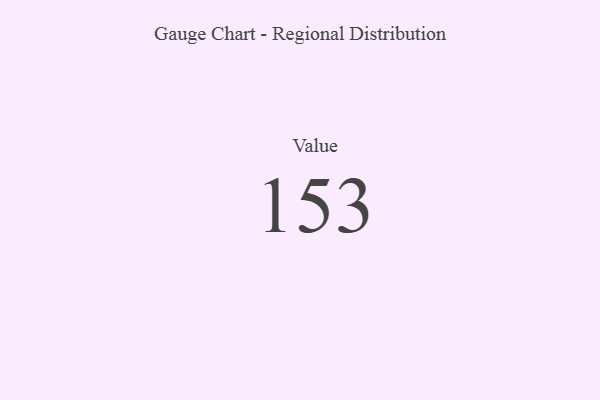
{"axis": {"x": "Metric", "y": "Value"}, "legend": [""], "data": [{"x": "Value", "y": 153, "type": ""}]}